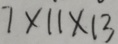
7 \times 1 1 \times 1 3